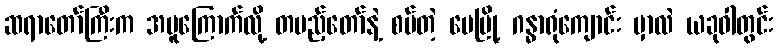
ဆရာတော်ကြီးက အပူကြောက်လို့ တပည့်တော်နဲ့ စပ်တဲ့ မေမြို့ ဂန္ဓာရုံကျောင်း မှာလဲ ယခုဝါတွင်း